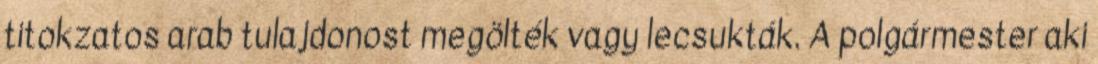
titokzatos arab tulajdonost megölték vagy lecsukták. A polgármester aki